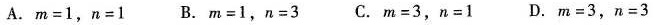
A.m=1，n=1 B.m=1，n=3C.m=3，n=1 D.m=3，n=3